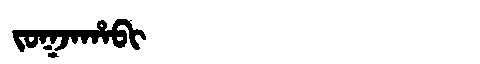
Manchu: ᠵᠣᡴᠵᠠᡥᠠᠪᡳ
Romanization: JOKJAHABI